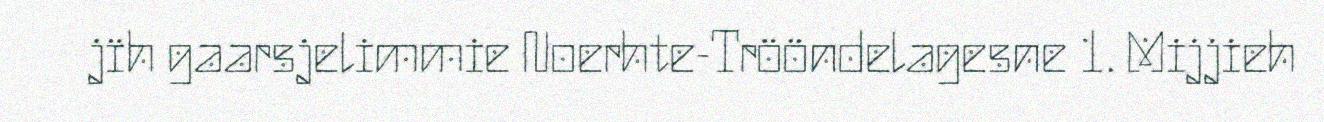
jïh gaarsjelimmie Noerhte-Trööndelagesne 1. Mijjieh